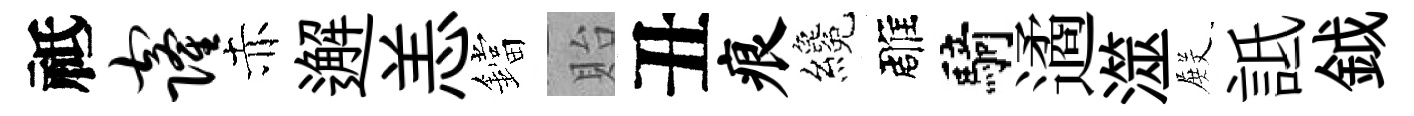
祗窿赤邂恙鐺貽丑痕纔雕騎遹澨𭮺詆鉞